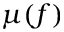
\mu ( f )